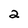
Character: 2